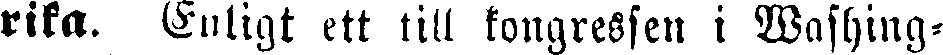
rika. Enligt ett till kongressen i Washing-